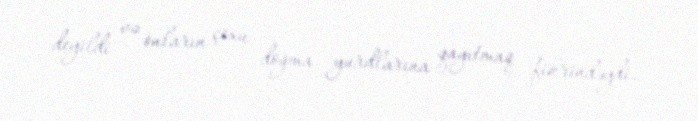
deyildi və onların çoxu doğma yurdlarına qayıtmaq fikrindəydi.